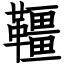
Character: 韁